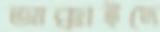
আক্কাইদে